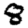
Digit: 8